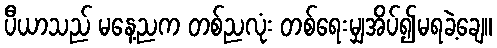
ပီယာသည် မနေ့ညက တစ်ညလုံး တစ်ရေးမျှအိပ်၍မရခဲ့ချေ။